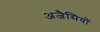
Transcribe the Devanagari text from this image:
अजैसियों